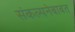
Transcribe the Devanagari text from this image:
संकल्पनेबाबत